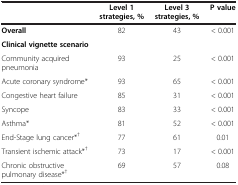
|  | Level 1 strategies, % | Level 3 strategies, % | P value |
 | --- | --- | --- | --- |
 | Overall | 82 | 43 | < 0.001 |
 | Clinical vignette scenario |  |  |  |
 | Community acquired pneumonia | 93 | 25 | < 0.001 |
 | Acute coronary syndrome* | 93 | 65 | < 0.001 |
 | Congestive heart failure | 85 | 31 | < 0.001 |
 | Syncope | 83 | 33 | < 0.001 |
 | Asthma* | 81 | 52 | < 0.001 |
 | End-Stage lung cancer*† | 77 | 61 | 0.01 |
 | Transient ischemic attack*† | 73 | 17 | < 0.001 |
 | Chronic obstructive pulmonary disease*† | 69 | 57 | 0.08 |